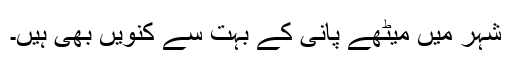
شہر میں میٹھے پانی کے بہت سے کنویں بھی ہیں۔